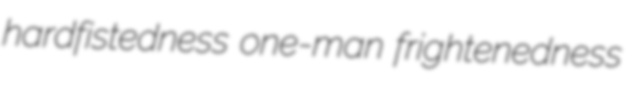
hardfistedness one-man frightenedness